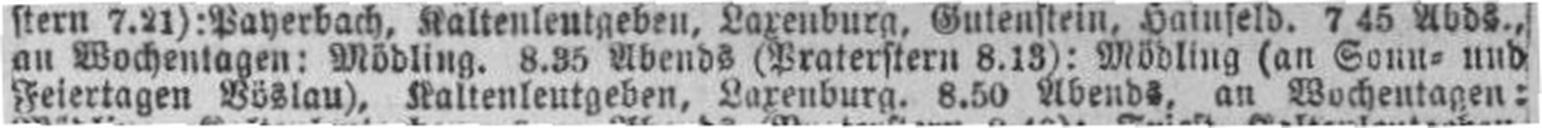
Feiertagen Böslau), Kaltenleutgeben, Laxenburg. 8.50 Abends, an Wochentagen: